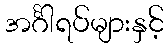
အင်္ဂါရပ်များနှင့်